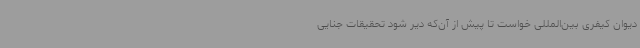
دیوان کیفری بین‌المللی خواست تا پیش از آن‌که دیر شود تحقیقات جنایی